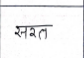
मजकूर: सरत